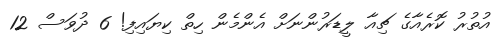
އުތުރު ކޮރެއާގެ ޗިއާ ލީޑަރުންނަށް އެންމެން ހިތް ކިޔައިފި! 6 ދުވަސް 12